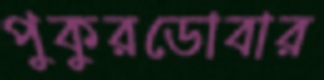
পুকুরডোবার